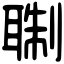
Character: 䎺